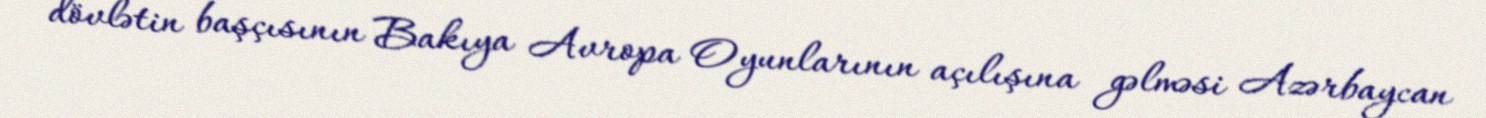
dövlətin başçısının Bakıya Avropa Oyunlarının açılışına gəlməsi Azərbaycan